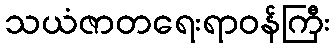
သယံဇာတရေးရာဝန်ကြီး